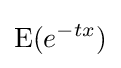
{\text{E}}(e^{-tx})